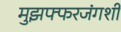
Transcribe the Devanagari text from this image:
मुझफ्फरजंगशी